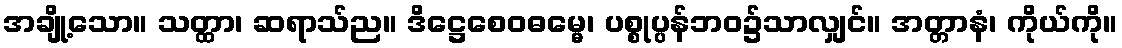
အချို့သော။ သတ္ထာ၊ ဆရာသ်ည။ ဒိဋ္ဌေစေဝဓမ္မေ၊ ပစ္စုပ္ပန်ဘဝ၌သာလျှင်။ အတ္တာနံ၊ ကိုယ်ကို။